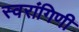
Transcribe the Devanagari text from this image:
स्वरांगिणी